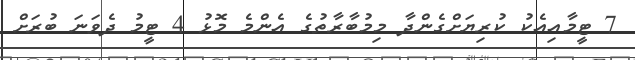
7 ޓީމާއިއެކު ކުރިޔަށްގެންދާ މިމުބާރާތުގެ އެންމެ މޮޅު 4 ޓީމު ދެވަނަ ބުރަށް